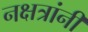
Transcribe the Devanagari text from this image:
नक्षत्रांनी